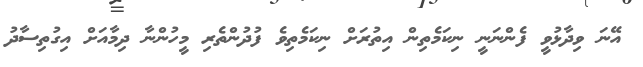
އޭނަ ވިދާޅުވީ ފެންނަނީ ނިކަމެތިން އިތުރަށް ނިކަމެތިވެ ފުދުންތެެރި މީހުންނާ ދިމާއަށް އިގުތިސާދު